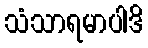
သံသာရမာပါဒိ